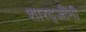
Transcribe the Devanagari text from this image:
शारद्जीनी